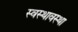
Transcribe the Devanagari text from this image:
स्वस्थावस्था